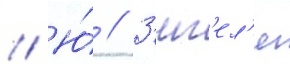
// Ю́ // З'иг'ел'я